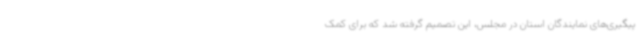
پیگیری‌های نمایندگان استان در مجلس، این تصمیم گرفته شد که برای کمک